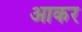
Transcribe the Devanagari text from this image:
अाकर